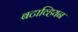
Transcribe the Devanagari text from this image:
बटाव्हियन